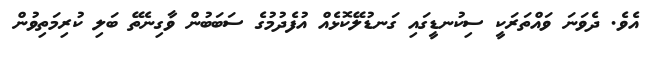
އެވެ. ދެވަނަ ވައްތަރަކީ ސިކުނޑީގައި ގަނޑުލޭކޮޅެއް އުފެދުމުގެ ސަބަބުން ވާގިނެތޭ ބަލި ކުރިމަތިވުން